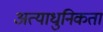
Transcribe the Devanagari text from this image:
अत्याधुनिकता